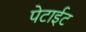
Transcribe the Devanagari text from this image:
पेटाईट